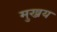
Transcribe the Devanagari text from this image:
मुख्रय